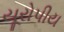
યૂરોપીય